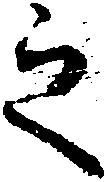
之